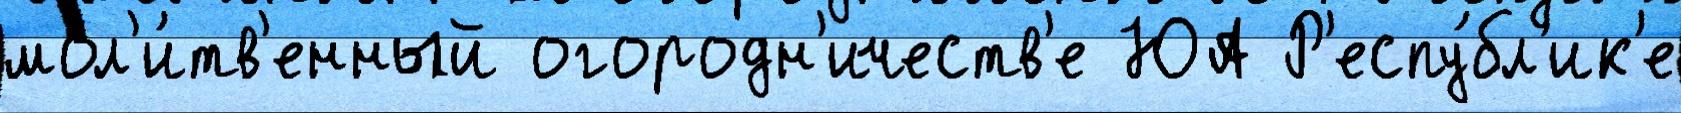
мол'и́тв'енный огородн'ичеств'е ЮА Р'еспу́бл'ик'е